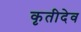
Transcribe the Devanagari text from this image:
कृतीदेव